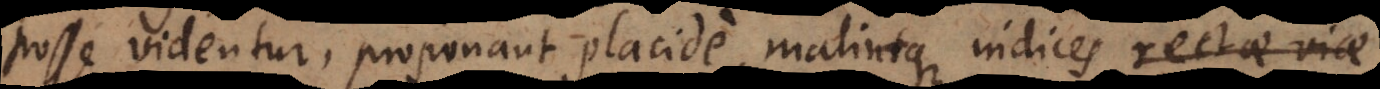
posse videntur, proponant placide, malintque indices rectae viae